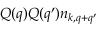
Q ( q ) Q ( q ^ { \prime } ) n _ { k , q + q ^ { \prime } }